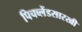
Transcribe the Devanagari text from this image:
पिचब्लेंडसारखी